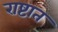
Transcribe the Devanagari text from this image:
राष्टात